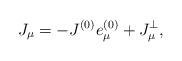
LaTeX: \begin{align*}J_{\mu}=-J^{(0)}e^{(0)}_{\mu}+J^{\bot}_{\mu},\end{align*}